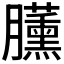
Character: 𣎰